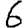
Digit: 6